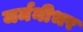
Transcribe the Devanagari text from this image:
जर्मनीभर